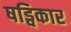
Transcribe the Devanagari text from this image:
षड्विकार